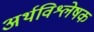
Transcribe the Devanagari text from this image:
अर्थविश्लेषक